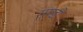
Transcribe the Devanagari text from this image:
गुण्डो